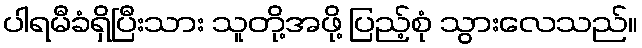
ပါရမီခံရှိပြီးသား သူတို့အဖို့ ပြည့်စုံ သွားလေသည်။